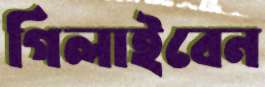
গিলাইবেন